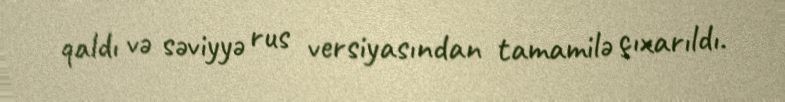
qaldı və səviyyə rus versiyasından tamamilə çıxarıldı.